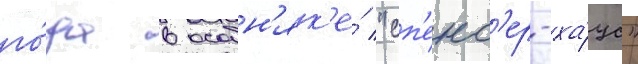
го́да в особн'як'е́ "сп'енс'ер-ха́ус"